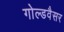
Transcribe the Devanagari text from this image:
गोल्डवैसर